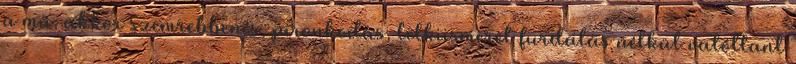
a mű, akkor szemrebbenés, pironkodás, lelkiismeret furdalás nélkül valótlant